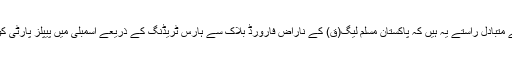
ان کے سامنے متبادل راستے یہ ہیں کہ پاکستان مسلم لیگ(ق) کے ناراض فارورڈ بلاک سے ہارس ٹریڈنگ کے ذریعے اسمبلی میں پیپلز پارٹی کو زچ کر دیں۔